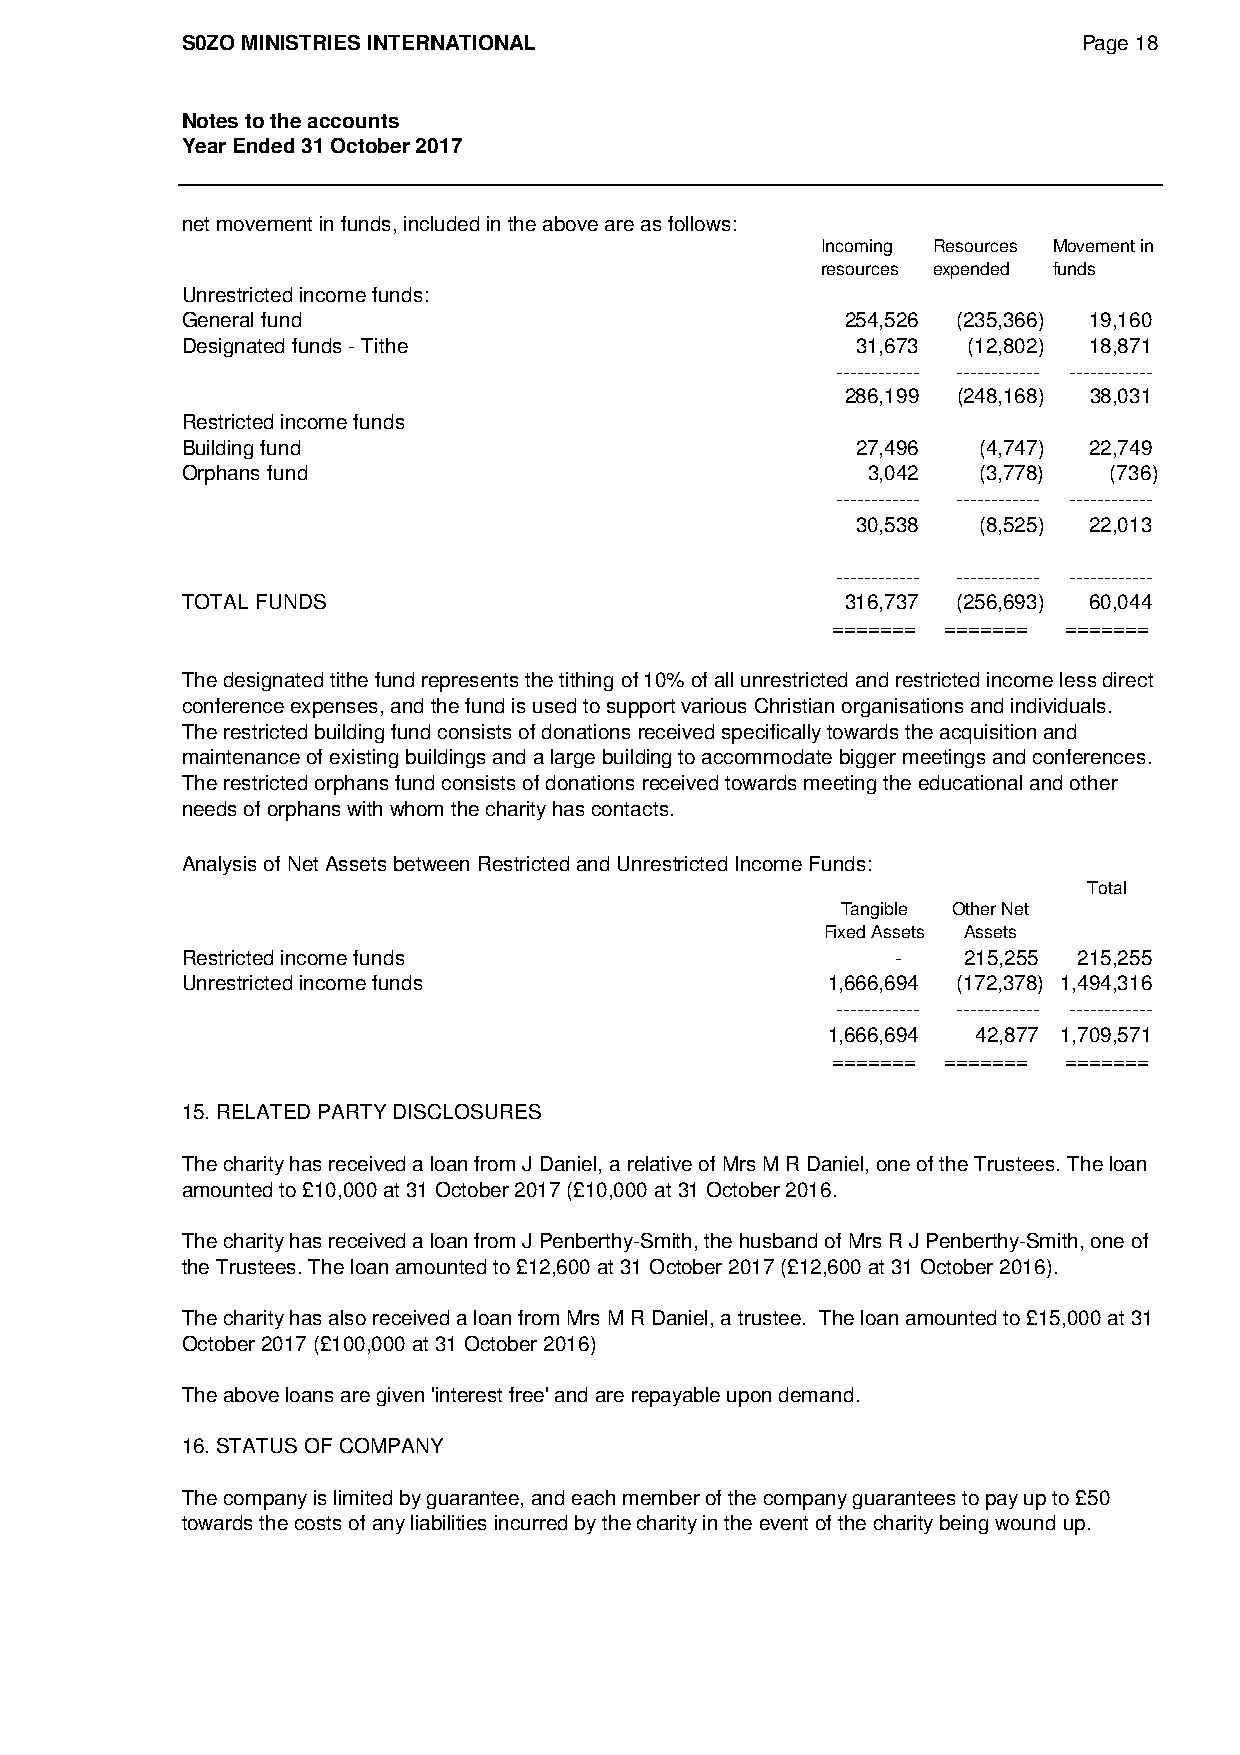
S0ZO MINISTRIES INTERNATIONAL                               Page 18
 Notes to the accounts
 Year Ended 31 October 2017
 net movement in funds, included in the above are as follows:
 Incoming Resources Movement in
 resources expended funds
 Unrestricted income funds:
 General fund                                254,526 (235,366) 19,160
 Designated funds - Tithe                     31,673 (12,802) 18,871
 ------------ ------------ ------------
 286,199 (248,168) 38,031
 Restricted income funds
 Building fund                                27,496  (4,747) 22,749
 Orphans fund                                 3,042   (3,778) (736)
 ------------ ------------ ------------
 30,538  (8,525) 22,013
 ------------ ------------ ------------
 TOTAL FUNDS                                 316,737 (256,693) 60,044
 ======= ======= =======
 The designated tithe fund represents the tithing of 10% of all unrestricted and restricted income less direct
 conference expenses, and the fund is used to support various Christian organisations and individuals.
 The restricted building fund consists of donations received specifically towards the acquisition and
 maintenance of existing buildings and a large building to accommodate bigger meetings and conferences.
 The restricted orphans fund consists of donations received towards meeting the educational and other
 needs of orphans with whom the charity has contacts.
 Analysis of Net Assets between Restricted and Unrestricted Income Funds:
 Total
 Tangible Other Net
 Fixed Assets Assets
 Restricted income funds                        -    215,255 215,255
 Unrestricted income funds                  1,666,694 (172,378) 1,494,316
 ------------ ------------ ------------
 1,666,694 42,877 1,709,571
 ======= ======= =======
 15. RELATED PARTY DISCLOSURES
 The charity has received a loan from J Daniel, a relative of Mrs M R Daniel, one of the Trustees. The loan
 amounted to £10,000 at 31 October 2017 (£10,000 at 31 October 2016.
 The charity has received a loan from J Penberthy-Smith, the husband of Mrs R J Penberthy-Smith, one of
 the Trustees. The loan amounted to £12,600 at 31 October 2017 (£12,600 at 31 October 2016).
 The charity has also received a loan from Mrs M R Daniel, a trustee. The loan amounted to £15,000 at 31
 October 2017 (£100,000 at 31 October 2016)
 The above loans are given 'interest free' and are repayable upon demand.
 16. STATUS OF COMPANY
 The company is limited by guarantee, and each member of the company guarantees to pay up to £50
 towards the costs of any liabilities incurred by the charity in the event of the charity being wound up.